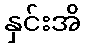
နှင်းအိ